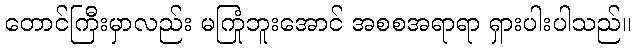
တောင်ကြီးမှာလည်း မကြုံဘူးအောင် အစစအရာရာ ရှားပါးပါသည်။